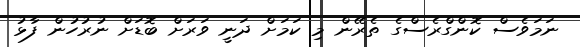
ނަމަވެސް ކޮންގްރެސްގެ ތެރޭން މި ކަމަށް ދަނީ ވަރަށް ބޮޑަށް ނުރުހުން ފާޅު